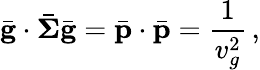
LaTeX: \bar{\mathbf g}\cdot\bar{\boldsymbol{\Sigma}}\bar{\mathbf g}=\bar{\mathbf p}\cdot\bar{\mathbf p}=\frac{1}{v_{g}^{2}}\, ,